Annual statistical returns and brief notes on vaccination in Bengal - 1896-1909
Year: 1896
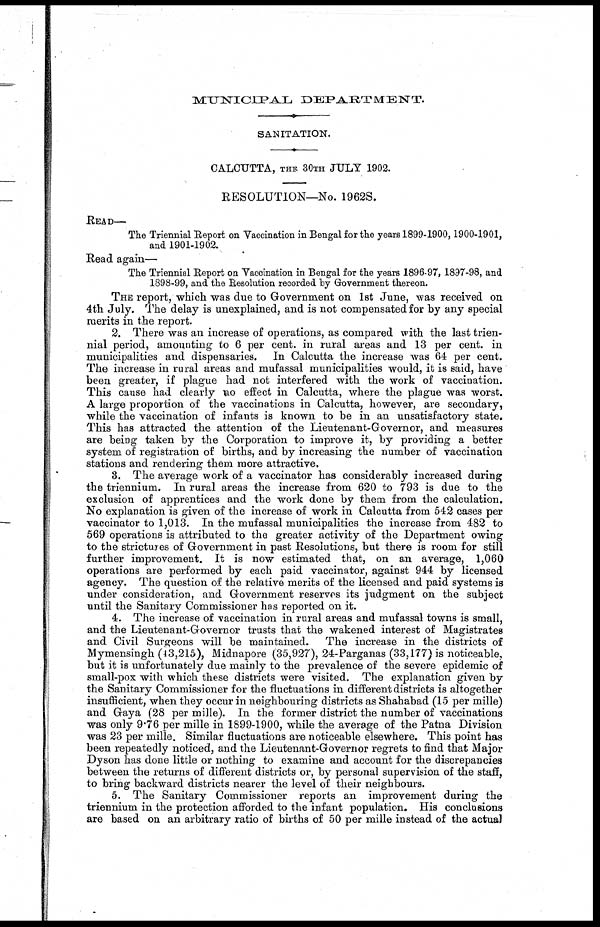
MUNICIPAL
DEPARTMENT.
SANITATION.
CALCUTTA, THE 30TH JULY 1902.
RESOLUTION—No. 1962S.
READ—
The Triennial Report on Vaccination in Bengal for the years 1899-1900, 1900-1901,
and 1901-1902.
Read again—
The Triennial Report on Vaccination in Bengal for the years 1896-97, 1897-98, and
1898-99, and the Resolution recorded by Government thereon.
THE report, which was due to Government on 1st June, was received on
4th July. The delay is unexplained, and is not compensated for by any special
merits in the report.
2. There was an increase of operations, as compared with the last trien-
nial period, amounting to 6 per cent. in rural areas and 13 per cent. in
municipalities and dispensaries. In Calcutta the increase was 64 per cent.
The increase in rural areas and mufassal municipalities would, it is said, have
been greater, if plague had not interfered with the work of vaccination.
This cause had clearly no effect in Calcutta, where the plague was worst.
A large proportion of the vaccinations in Calcutta, however, are secondary,
while the vaccination of infants is known to be in an unsatisfactory state.
This has attracted the attention of the Lieutenant-Governor, and measures
are being taken by the Corporation to improve it, by providing a better
system of registration of births, and by increasing the number of vaccination
stations and rendering them more attractive.
3. The average work of a vaccinator has considerably increased during
the triennium. In rural areas the increase from 620 to 793 is due to the
exclusion of apprentices and the work done by them from the calculation.
No explanation is given of the increase of work in Calcutta from 542 cases per
vaccinator to 1,013. In the mufassal municipalities the increase from 482 to
569 operations is attributed to the greater activity of the Department owing
to the strictures of Government in past Resolutions, but there is room for still
further improvement. It is now estimated that, on an average, 1,060
operations are performed by each paid vaccinator, against 944 by licensed
agency. The question of the relative merits of the licensed and paid systems is
under consideration, and Government reserves its judgment on the subject
until the Sanitary Commissioner has reported on it.
4. The increase of vaccination in rural areas and mufassal towns is small,
and the Lieutenant-Governor trusts that the wakened interest of Magistrates
and Civil Surgeons will be maintained. The increase in the districts of
Mymensingh (43,215), Midnapore (35,927), 24-Parganas (33,177) is noticeable,
but it is unfortunately due mainly to the prevalence of the severe epidemic of
small-pox with which these districts were visited. The explanation given by
the Sanitary Commissioner for the fluctuations in different districts is altogether
insufficient, when they occur in neighbouring districts as Shahabad (15 per mille)
and Gaya (28 per mille). In the former district the number of vaccinations
was only 9.76 per mille in 1899-1900, while the average of the Patna Division
was 23 per mille. Similar fluctuations are noticeable elsewhere. This point has
been repeatedly noticed, and the Lieutenant-Governor regrets to find that Major
Dyson has done little or nothing to examine and account for the discrepancies
between the returns of different districts or, by personal supervision of the staff,
to bring backward districts nearer the level of their neighbours.
5. The Sanitary Commissioner reports an improvement during the
triennium in the protection afforded to the infant population. His conclusions
are based on an arbitrary ratio of births of 50 per mille instead of the actual